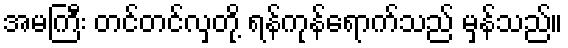
အမကြီး တင်တင်လှတို့ ရန်ကုန်ရောက်သည် မှန်သည်။